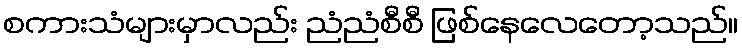
စကားသံများမှာလည်း ညံညံစီစီ ဖြစ်နေလေတော့သည်။